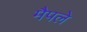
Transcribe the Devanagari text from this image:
मैपले